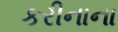
કરીનાના